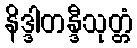
နိဒ္ဒါတန္ဒီသုတ္တံ